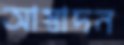
আস্বাদন